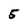
Character: 5